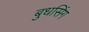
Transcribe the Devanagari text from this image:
बुधसिंग